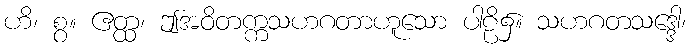
ဟိ၊ စွ။ ဧတ္ထ၊ ဤအဝိတက္ကသဟဂတာဟူသော ပါဠိ၌။ သဟဂတသဒ္ဒေါ၊